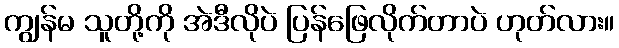
ကျွန်မ သူတို့ကို အဲဒီလိုပဲ ပြန်ဖြေလိုက်တာပဲ ဟုတ်လား။